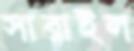
সারাইল